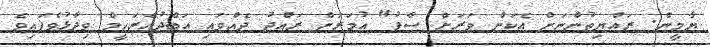
ޔާމީން. ރައްޔިތުންނަށް އެކަން ވަރަށް ސާފު" އުމަރަށް ރައްދު ދެއްވައި އަބްދުއްރަހީމް ވިދާޅުވެފައިވެ